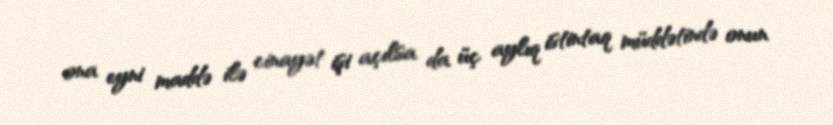
ona eyni maddə ilə cinayət işi açılsa da üç aylıq istintaq müddətində onun